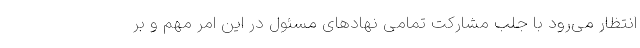
انتظار می‌رود با جلب مشارکت تمامی نهادهای مسئول در این امر مهم و بر